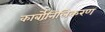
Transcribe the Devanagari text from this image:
कार्बोनिलिकरण